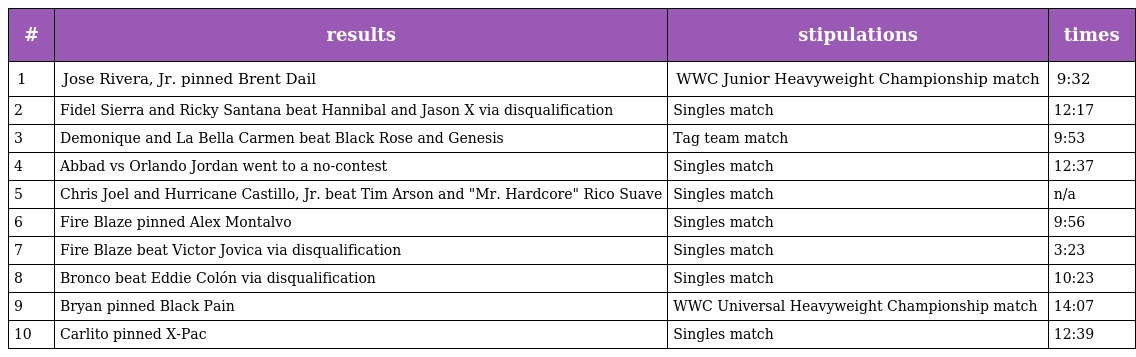
| # | results | stipulations | times |
 | --- | --- | --- | --- |
 | 1 | Jose Rivera, Jr. pinned Brent Dail | WWC Junior Heavyweight Championship match | 9:32 |
 | 2 | Fidel Sierra and Ricky Santana beat Hannibal and Jason X via disqualification | Singles match | 12:17 |
 | 3 | Demonique and La Bella Carmen beat Black Rose and Genesis | Tag team match | 9:53 |
 | 4 | Abbad vs Orlando Jordan went to a no-contest | Singles match | 12:37 |
 | 5 | Chris Joel and Hurricane Castillo, Jr. beat Tim Arson and "Mr. Hardcore" Rico Suave | Singles match | n/a |
 | 6 | Fire Blaze pinned Alex Montalvo | Singles match | 9:56 |
 | 7 | Fire Blaze beat Victor Jovica via disqualification | Singles match | 3:23 |
 | 8 | Bronco beat Eddie Colón via disqualification | Singles match | 10:23 |
 | 9 | Bryan pinned Black Pain | WWC Universal Heavyweight Championship match | 14:07 |
 | 10 | Carlito pinned X-Pac | Singles match | 12:39 |